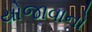
યોજાવાનો